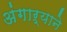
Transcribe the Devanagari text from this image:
अंगाऱ्याने